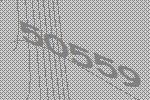
50559